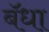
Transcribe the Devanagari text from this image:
बॅधा